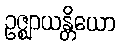
ဥဇ္ဈာယန္တိယော